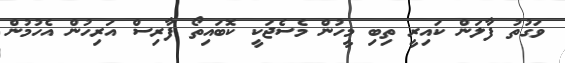
ވަގުތު ފާލަން ކައިރީ ތިބި މީހުން މެސެޖަކީ ކޮބައިތޯ ފާރިސް އަރިހުން އެހުމުން